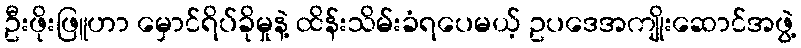
ဦးဖိုးဖြူဟာ မှောင်ရိပ်ခိုမှုနဲ့ ထိန်းသိမ်းခံရပေမယ့် ဥပဒေအကျိုးဆောင်အဖွဲ့